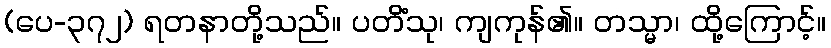
(ပေ-၃၇၂) ရတနာတို့သည်။ ပတိံသု၊ ကျကုန်၏။ တသ္မာ၊ ထို့ကြောင့်။